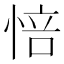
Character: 㥉